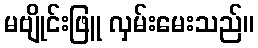
မဗျိုင်းဖြူ လှမ်းမေးသည်။